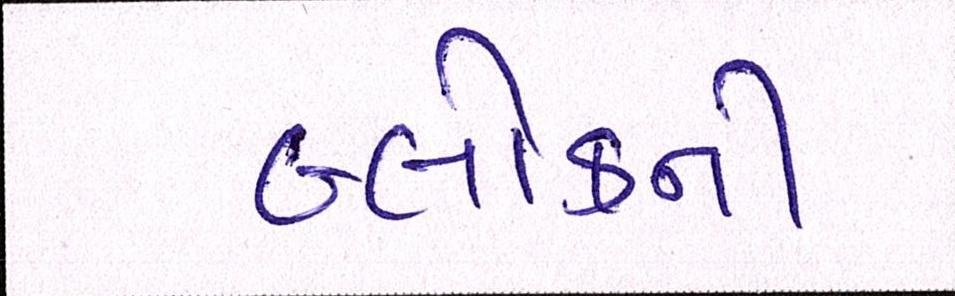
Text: બ્લોકની